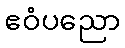
ဧဝံပညော